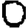
Digit: 0